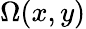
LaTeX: \Omega(x,y)